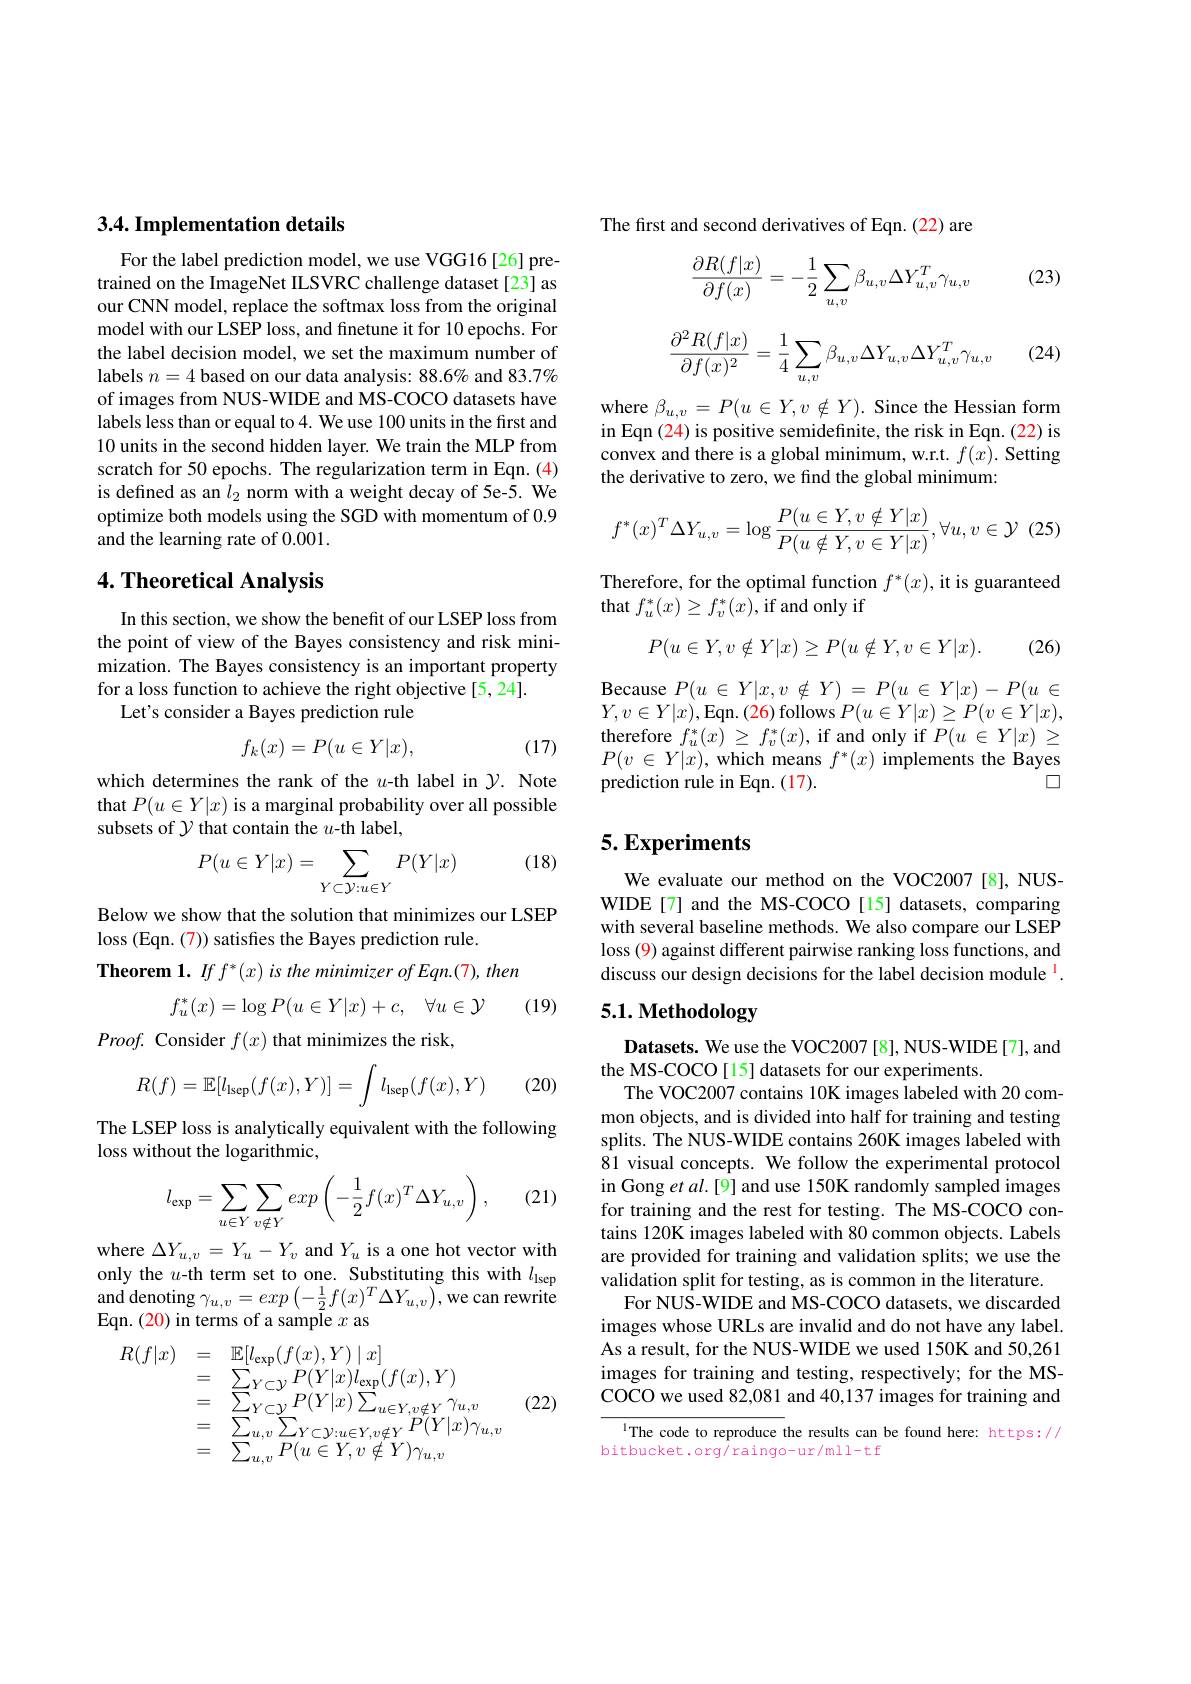
### 3.4. Implementation details

For the label prediction model, we use VGG16[26] pretrained on the ImageNet ILSVRC challenge dataset [23] as our CNN model, replace the softmax loss from the original model with our LSEP loss, and finetune it for 10 epochs. For the label decision model, we set the maximum number of labels $n=4$ based on our data analysis: 88.6% and 83.7% of images from NUS-WIDE and MS-COCO datasets have labels less than or equal to 4. We use 100 units in the first and 10 units in the second hidden layer. We train the MLP from scratch for 50 epochs. The regularization term in Eqn. (4) is defined as an $l_2$ norm with a weight decay of 5e-5. We optimize both models using the SGD with momentum of 0.9 and the learning rate of 0.001.

## 4. Theoretical Analysis

In this section, we show the benefit of our LSEP loss from the point of view of the Bayes consistency and risk minimization. The Bayes consistency is an important property for a loss function to achieve the right objective [5, 24].
Let's consider a Bayes prediction rule
$$f_k(x)=P(u\in Y|x),$$
(17)

which determines the rank of the $u$-th label in $\mathcal{Y}.$ Note that $P(u\in Y|x)$ is a marginal probability over all possible subsets of $\mathcal{Y}$ that contain the $u$-th label,

(18)
$$P(u\in Y|x)=\sum_{Y\subset\mathcal{Y}:u\in Y}P(Y|x)$$
Below we show that the solution that minimizes our LSEP
loss (Eqn. (7)) satisfies the Bayes prediction rule.
Theorem 1. If f' (x) is the minimizer of Eqn.(7), then
$$f_u^*(x)=\log P(u\in Y|x)+c,\quad\forall u\in\mathcal{Y}$$
(19)

$Proof.$ Consider $f(x)$ that minimizes the risk,

(20)
$$R(f)=\mathbb{E}[l_{\mathrm{lsep}}(f(x),Y)]=\int l_{\mathrm{lsep}}(f(x),Y)$$
The LSEP loss is analytically equivalent with the following
loss without the logarithmic,

(21)
$$l_{\exp}=\sum_{u\in Y}\sum_{v\notin Y}exp\left(-\frac{1}{2}f(x)^T\Delta Y_{u,v}\right),$$
where $\Delta Y_u,v=Y_u-Y_v$ and $Y_u$ is a one hot vector with only the $u$-th term set to one. Substituting this with $l_\mathrm{lsep}$ $\operatorname{and}$denoting $\gamma_u,v=exp\left(-\frac12f(x)^T\Delta Y_{u,v}\right)$,we can rewrite Eqn. (20) in terms of a sample $x$ as

(22)
$$\begin{aligned}R(f|x)&=\quad\mathbb{E}[l_{\exp}(f(x),Y)\mid x]\\&=\quad\sum_{Y\subset\mathcal{Y}}P(Y|x)l_{\exp}(f(x),Y)\\&=\quad\sum_{Y\subset\mathcal{Y}}P(Y|x)\sum_{u\in Y,v\notin Y}\gamma_{u,v}\\&=\quad\sum_{u,v}\sum_{Y\subset\mathcal{Y}:u\in Y,v\notin Y}P(Y|x)\gamma_{u,v}\\&=\quad\sum_{u,v}P(u\in Y,v\notin Y)\gamma_{u,v}\end{aligned}$$
The first and second derivatives of Eqn. (22) are

(23)
$$\begin{aligned}\frac{\partial R(f|x)}{\partial f(x)}=-\frac{1}{2}\sum_{u,v}\beta_{u,v}\Delta Y_{u,v}^T\gamma_{u,v}\end{aligned}$$
(24)
$$\begin{aligned}\frac{\partial^2R(f|x)}{\partial f(x)^2}=\frac{1}{4}\sum_{u,v}\beta_{u,v}\Delta Y_{u,v}\Delta Y_{u,v}^T\gamma_{u,v}\end{aligned}$$
where $\beta_{u,v}=P(u\in Y,v\notin Y).$ Since the Hessian form in Eqn (24) is positive semidefinite, the risk in Eqn. (22) is convex and there is a global minimum, w.r.t. $f(x).$ Setting the derivative to zero, we find the global minimum:
$$f^*(x)^T\Delta Y_{u,v}=\log\frac{P(u\in Y,v\notin Y|x)}{P(u\notin Y,v\in Y|x)},\forall u,v\in\mathcal{Y}\:(25)$$
Therefore, for the optimal function $f^*(x)$, it is guaranteed
that $f_u^*(x)\geq f_v^*(x)$,if and only if
$$P(u\in Y,v\notin Y|x)\geq P(u\notin Y,v\in Y|x).$$
(26)

${\mathrm{Because~}P(u\:\in\:Y|x,v\:\notin\:Y)\:=\:P(u\:\in\:Y|x)\:-\:P(u\:\in\:T|x\:\in\:T|x\:)\:}$ $Y,v\in Y|x)$,Eqn.(26) follows $P(u\in Y|x)\geq P(v\in Y|x)$, therefore $f_u^*(x)\geq f_v^*(x)$,if and only if $P(u\in Y|x)\geq$ $P(v\in Y|x)$, which means $f^*(x)$ implements the Bayes
口
prediction rule in Eqn. (17).

# 5. Experiments

We evaluate our method on the VOC2007[8], NUSWIDE[7] and the MS-COCO[15] datasets, comparing with several baseline methods. We also compare our LSEP loss (9) against different pairwise ranking loss functions, and discuss our design decisions for the label decision module $^{\mathrm{l}}.$

## 5.1. Methodology

Datasets. We use the VOC2007 [8], NUS-WIDE[7], and
the MS-COCO[15] datasets for our experiments.
The VOC2007 contains 10K images labeled with 20 common objects, and is divided into half for training and testing splits. The NUS-WIDE contains 260K images labeled with 81 visual concepts. We follow the experimental protocol in Gong et $al.[9]$ and use 150K randomly sampled images for training and the rest for testing. The MS-COCO contains 120K images labeled with 80 common objects. Labels are provided for training and validation splits; we use the validation split for testing, as is common in the literature.
For NUS-WIDE and MS-COCO datasets, we discarded images whose URLs are invalid and do not have any label. As a result, for the NUS-WIDE we used 150K and 50,261 images for training and testing, respectively; for the MSCOCO we used 82,081 and 40,137 images for training and

$^{1}$The code to reproduce the results can be found here: https://
bitbucket.org/raingo-ur/mll-tf